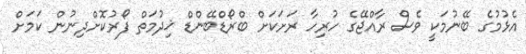
އެޅުމުގެ ބޭނުމަކީ ވެސް ރާއްޖޭގެ ހުރިހާ ރަށަކަށް ބްރޯޑްބޭންޑް ޚިދުމަތް ފޯރުކޮށްދިނުން ކަމަށް